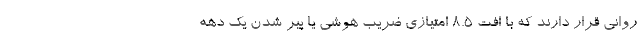
روانی قرار دارند که با افت ۸.۵ امتیازی ضریب هوشی یا پیر شدن یک دهه